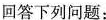
回答下列问题：